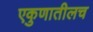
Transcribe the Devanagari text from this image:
एकुणातीलच